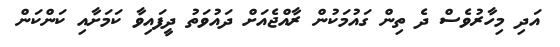
އަދި މިހާރުވެސް ދެ ތިން ގައުމަކުން ރާއްޖެއަށް ދައުވަތު ދީފައިވާ ކަމަށާއި ކަންކަން